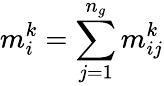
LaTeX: m_{i}^{k}=\sum_{j=1}^{n_{g}}m_{ij}^{k}